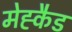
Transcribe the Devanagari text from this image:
मेह्कैड